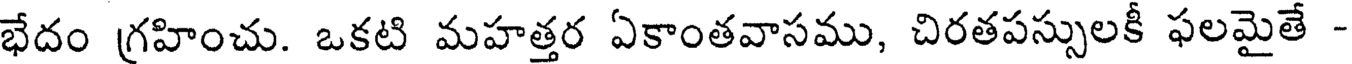
భేదం గ్రహించు. ఒకటి మహత్తర ఏకాంతవాసము, చిరతపస్సులకీ ఫలమైతే -